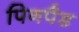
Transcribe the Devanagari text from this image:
पिनपैड